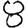
Digit: 8